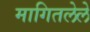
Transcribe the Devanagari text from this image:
मागितलेले